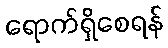
ရောက်ရှိစေရန်